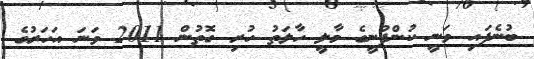
ބުނެފައި ވަނީ ކުންފުނީގެ މާލީ ހާލަތު ހުރި ގޮތުން 2011 ވަނަ އަހަރުގެ